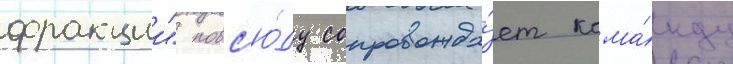
фракции" повс'ю́ду сопровожда́ет кома́нду